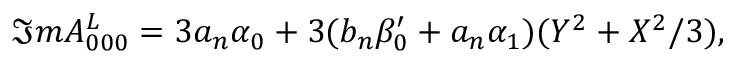
{ \Im m } A _ { 0 0 0 } ^ { L } = 3 a _ { n } \alpha _ { 0 } + 3 ( b _ { n } \beta _ { 0 } ^ { \prime } + a _ { n } \alpha _ { 1 } ) ( Y ^ { 2 } + X ^ { 2 } / 3 ) ,